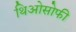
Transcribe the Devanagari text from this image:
थिओसोफी